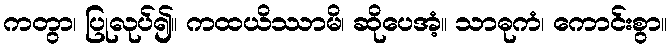
ကတွာ၊ ပြုလုပ်၍။ ကထယိဿာမိ၊ ဆိုပေအံ့။ သာဓုကံ၊ ကောင်းစွာ။